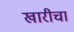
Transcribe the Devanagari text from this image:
खारीचा